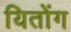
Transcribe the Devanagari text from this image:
यितोंग